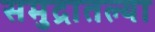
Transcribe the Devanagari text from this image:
समुद्रातल्या